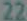
22